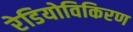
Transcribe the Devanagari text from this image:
रेडियोविकिरण